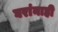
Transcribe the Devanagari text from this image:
घरांनाही